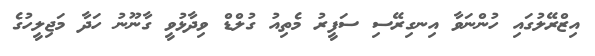
އިޒްރޭލުގައި ހުންނަވާ އިނގިރޭސި ސަފީރު މެތިއު ގުލްޑް ވިދާޅުވީ ގާނޫނު ހަދާ މަޖިލީހުގެ